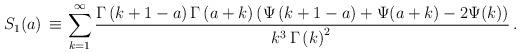
LaTeX: \begin{align*} \displaystyle { S_{1}(a)}\, \equiv & \,\sum _{k=1}^{\infty }{\frac {\Gamma \left( k+1-a \right) \Gamma \left( a+k \right)\left( \Psi \left( k+1-a \right)+\Psi(a+k)-2\Psi(k)\right) }{k^3\, \Gamma \left( k \right) ^{2}\mbox{}}}\,.\end{align*}